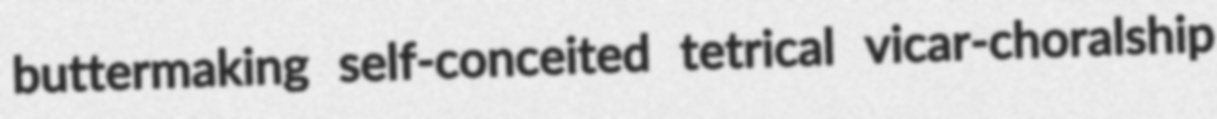
buttermaking self-conceited tetrical vicar-choralship